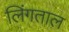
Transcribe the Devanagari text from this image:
लिंगताल